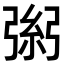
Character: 𢐁